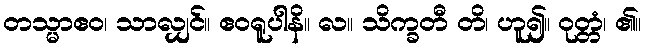
တသ္မာဧဝ၊ သာလျှင်။ ဧဝရူပါနိ။ လ။ သိက္ခတီ တိ၊ ဟူ၍။ ဝုတ္တံ၊ ၏။